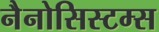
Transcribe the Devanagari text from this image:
नैनोसिस्टम्स